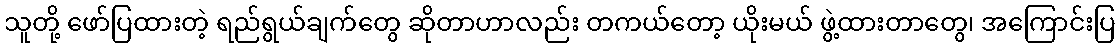
သူတို့ ဖော်ပြထားတဲ့ ရည်ရွယ်ချက်တွေ ဆိုတာဟာလည်း တကယ်တော့ ယိုးမယ် ဖွဲ့ထားတာတွေ၊ အကြောင်းပြ